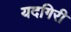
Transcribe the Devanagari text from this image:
यदगिरी